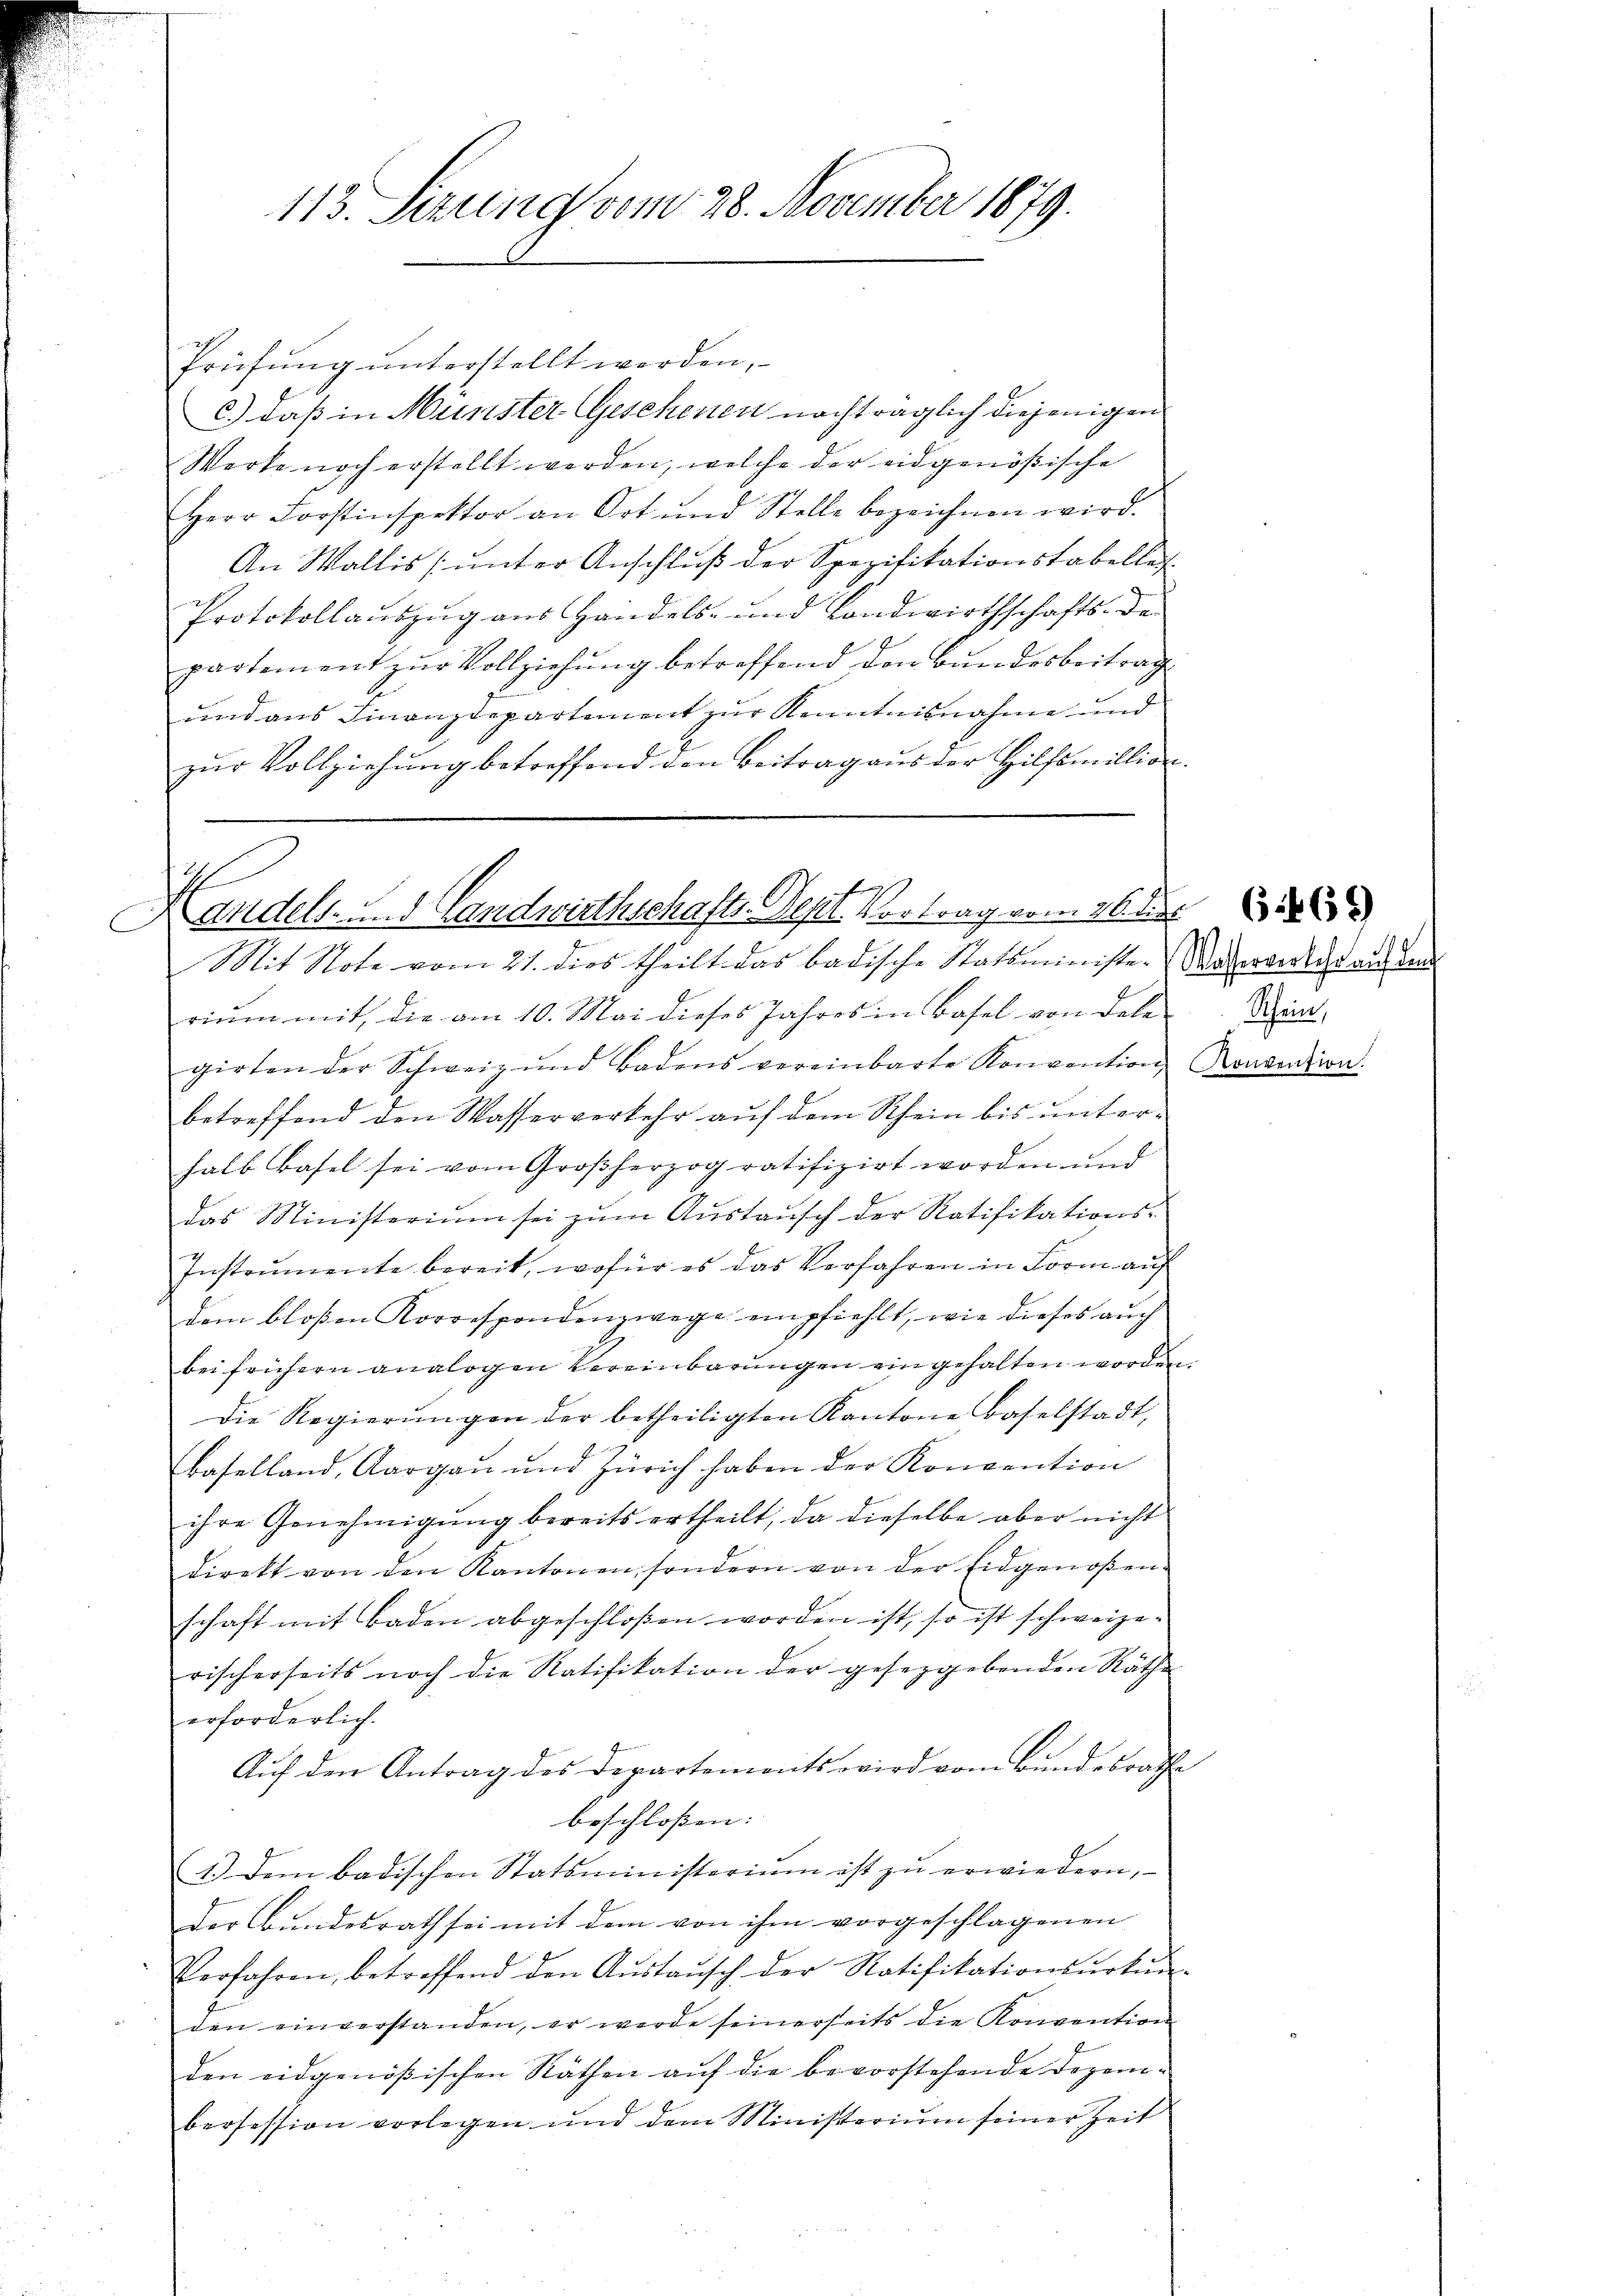
C

113. Sizung vom 28. November 1879.

Prüfŭng ŭnterstellt werden,
c.) daß in Münster Geschenen nachträglich diejenigen
Werke noch erstellt werden, welche der eidgenößische
Herr Forstinspektor an Ort und Stelle bezeichnen wird.
An Wallis ŭnter Anschluß der Spezifikationstabelle-
Protokollaŭszŭg ans Handels- und Landwirthschafts- de
partement zŭr Vollziehŭng betreffend den Bundesbeitrag
und aus Finanzdepartement zur Kenntnisnahme und
zŭr Vollziehŭng betreffend den Beitrag aŭs der Hilfsmillion

s
Andels- und Landwirthschafts-Sept. Vortrag vom 26. die

Mit Note vom 21. dies theilt das badische Statsministe-Mederwerkehr auf den
rium mit, die am 10. Mai dieses Jahres in Basel von Dele
girten der Schweiz und Badens vereinbarte Konvention Konvention.
betreffend den Wasserverkehr auf dem Rhein bis unterhalb Basel sei vom Großherzog ratifizirt worden und
das Ministerium sei zŭm Aŭstaŭsch der Ratifikations-
Instrumente bereit, wofür es das Verfahren in Form auf
dem bloßen Korrespondenzwege empfiehlt, wie dieses auch
bei frühern analogen Vereinbarungen eingehalten worden.
Die Regierŭngen der betheiligten Kantone Baselstadt,
Baselland, Aargau und Zürich haben der Konvention
ihre Genehmigung bereits ertheilt, da dieselbe aber nicht
direkt von den Kantonen, sondern von der Eidgenoßen-
schaft mit Baden abgeschloßen worden ist, so ist schweize-
rischerseits noch die Ratifikation der gesetzgebenden Räthe
erforderlich.
Auf den Antrag des Departements wird vom Bundesrathe
beschlossen: |
1.) Dem badischen Statsministerium ist zŭ erwiedern,
der Bundesrath sei mit dem von ihm vorgeschlagenen
Verfahren, betreffend den Aŭstaŭsch der Ratifikationsŭrkŭn-
den einverstanden, er werde seinerseits die Konvention
den eidgenößischen Räthen auf die bevorstehende Dezembeosession vorlegen und dem Ministerium seiner Zeit

Schein,